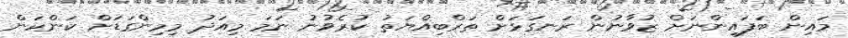
މައިން ބަފައިންނަށް ޒުވާނުން ރަނގަޅަށް ތަރްބިއްޔަތު ކުރެވުނު ނަމަ މިއަދު މިމިންގަޑަށް ކަންކަން